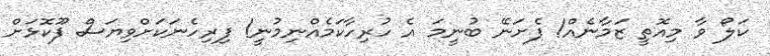
ކަލޯ ވާ މިއޮތީ ޒަމާނެއް! ފެށަނޭ ބުނީމަ އެ ހުރިހާކަމެއްނިމުނީ! ފިރިހެނަކަށްވިޔަސް ފޫކޮޅަށް